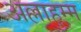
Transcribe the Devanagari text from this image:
अल्लाहुम्म